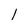
Character: l